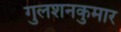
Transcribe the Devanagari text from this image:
गुलशनकुमार